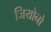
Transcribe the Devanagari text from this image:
जियोनो